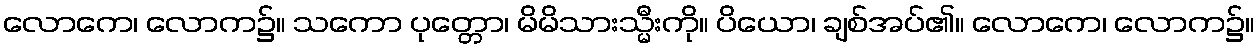
လောကေ၊ လောက၌။ သကော ပုတ္တော၊ မိမိသားသ္မီးကို။ ပိယော၊ ချစ်အပ်၏။ လောကေ၊ လောက၌။